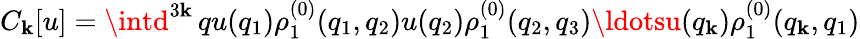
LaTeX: C_{\mathbf{k}}[u]=\intd^{3\mathbf{k}}\, qu(q_{1})\rho_{1}^{(0)}(q_{1},q_{2})u(q_{2})\rho_{1}^{(0)}(q_{2},q_{3})\ldotsu(q_{\mathbf{k}})\rho_{1}^{(0)}(q_{\mathbf{k}},q_{1})